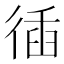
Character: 𢔣